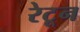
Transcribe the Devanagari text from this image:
रेटून